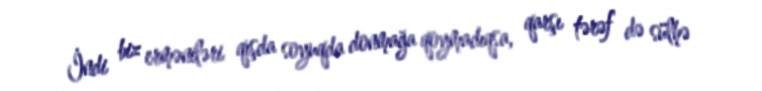
İndi biz erməniləri qışda soyuqda donmağa qoymadıqsa, qarşı tərəf də sülhə